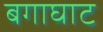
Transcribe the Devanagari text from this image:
बगाघाट